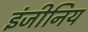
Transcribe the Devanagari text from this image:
इंजीनिय